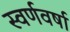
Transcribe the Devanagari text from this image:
स्वर्णवर्षा